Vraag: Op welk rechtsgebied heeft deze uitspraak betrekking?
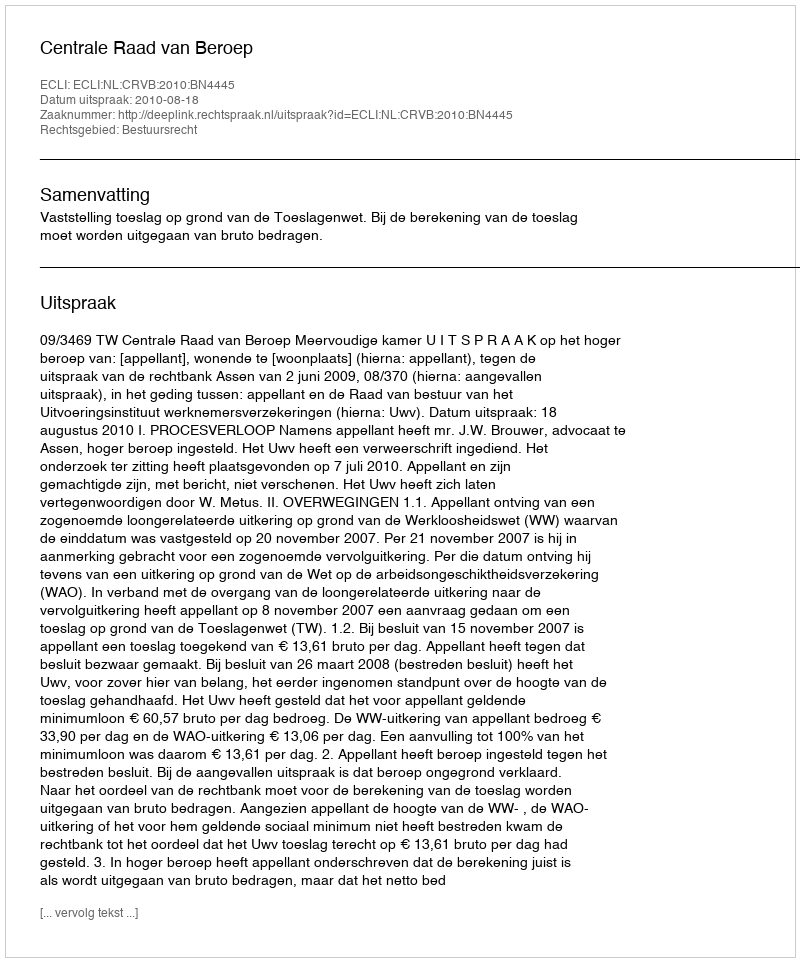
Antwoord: Bestuursrecht